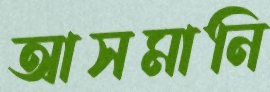
আসমানি